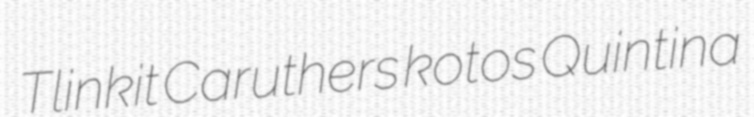
Tlinkit Caruthers kotos Quintina